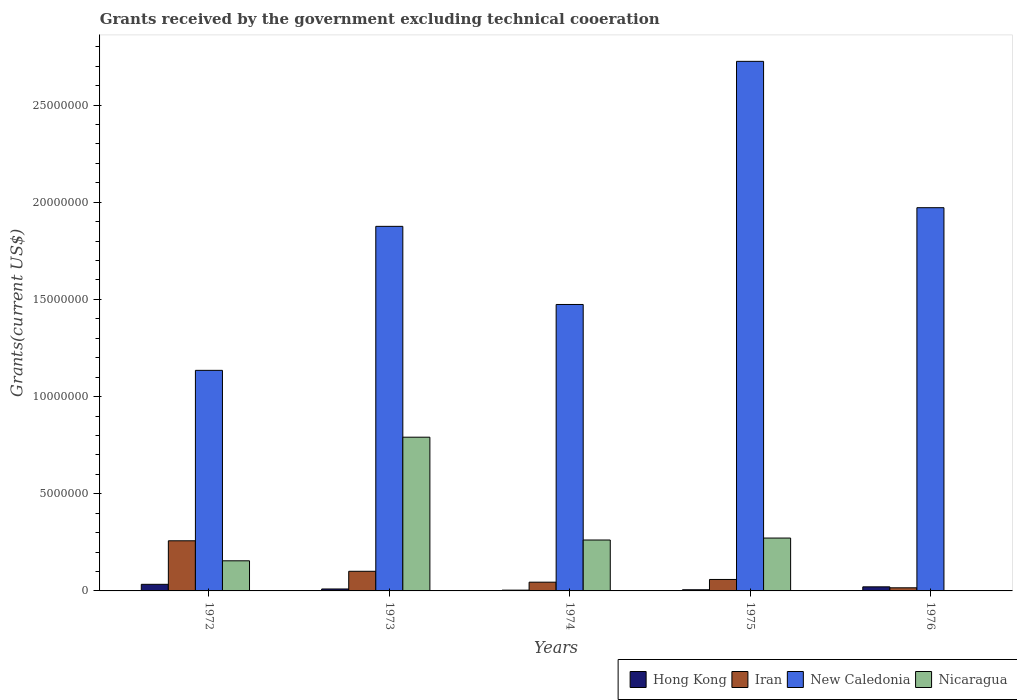
| Years | Hong Kong | Iran | New Caledonia | Nicaragua |
 | --- | --- | --- | --- | --- |
 | 1972 | 3.4e+05 | 2.58e+06 | 1.14e+07 | 1.55e+06 |
 | 1973 | 1e+05 | 1.01e+06 | 1.88e+07 | 7.91e+06 |
 | 1974 | 4e+04 | 4.5e+05 | 1.47e+07 | 2.62e+06 |
 | 1975 | 6e+04 | 5.9e+05 | 2.72e+07 | 2.72e+06 |
 | 1976 | 2.1e+05 | 1.6e+05 | 1.97e+07 | -1.41e+06 |